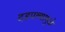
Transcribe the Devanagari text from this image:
दडपल्यामुळे